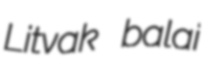
Litvak balai